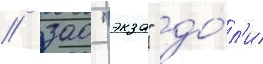
/ зао "экза" до́л'и